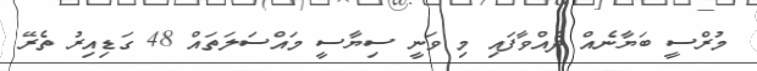
މުރްސީ ބަޔާނެއް ދެއްވާފައި މި ވަނީ ސިޔާސީ މައްސަލަތައް 48 ގަޑިއިރު ތެރޭ